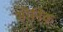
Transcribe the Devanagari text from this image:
सॉनिक